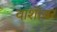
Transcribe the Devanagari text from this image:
वाशांवर